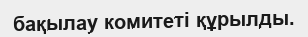
бақылау комитеті құрылды.